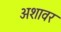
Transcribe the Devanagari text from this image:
अशावर